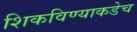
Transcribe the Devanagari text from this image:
शिकविण्याकडेच